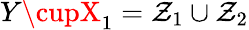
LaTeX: Y\cupX_{1}=\mathcal{Z}_{1}\cup\mathcal{Z}_{2}